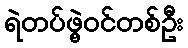
ရဲတပ်ဖွဲ့ဝင်တစ်ဦး